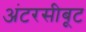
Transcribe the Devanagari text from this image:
अंटरसीबूट